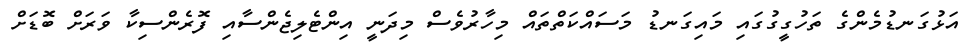
އަޅުގަނޑުމެންގެ ތަހުގީގުގައި މައިގަނޑު މަސައްކަތްތައް މިހާރުވެސް މިދަނީ އިންޓެލިޖެންސާއި ފޮރެންސިކާ ވަރަށް ބޮޑަށް